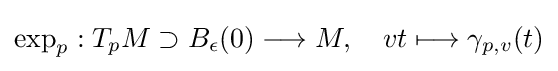
\exp _{p}:T_{p}M\supset B_{\epsilon }(0)\longrightarrow M,\quad vt\longmapsto \gamma _{p,v}(t)